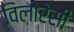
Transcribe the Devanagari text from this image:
विलोरेसी